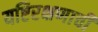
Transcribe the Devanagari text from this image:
यष्टिरक्षणाची